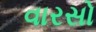
વારસો